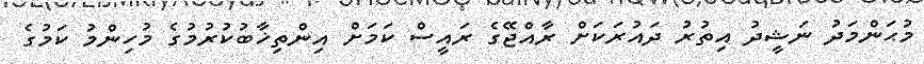
މުޙަންމަދު ނަޝީދު އިތުރު ދައުރަކަށް ރާއްޖޭގެ ރައީސް ކަމަށް އިންތިޚާބުކުރުމުގެ މުހިންމު ކަމުގެ